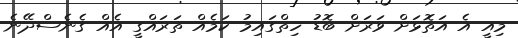
މިއީ އެ އަތޮޅަށް ވަރަށް ބޮޑު ހިތްގައިމު ކަމެއް ތަރައްގީ އެއް ގެނެސްދޭނެ